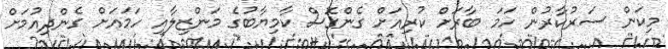
މިކަން ސަރުކާރުން ހަމަ ބާރަށް ކުރިއަށް ގެންގޮސް ކާމިޔާބުގެ މަންޒިލާއި ހަމައަށް ގެންދިއުމަށް